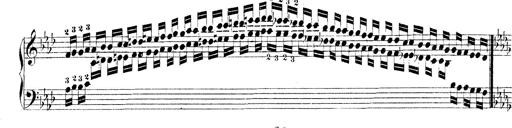
Title: Technische Studien
Composer: Franz Liszt